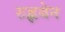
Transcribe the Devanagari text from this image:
रुह्लबेन